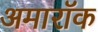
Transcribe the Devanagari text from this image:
अमारॉक